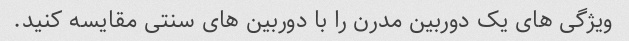
ویژگی های یک دوربین مدرن را با دوربین های سنتی مقایسه کنید.